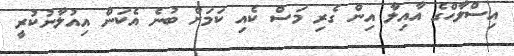
އިސްލާހްގެ އާއިލާ އިން ގެރި މަސް ކެއި ކަމަށް ބުނެ އެކަން އިއުލާނުކުރީ